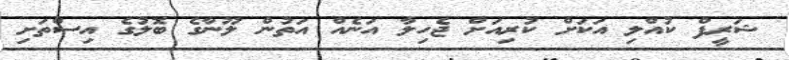
ޝަރީފް ކުއްލި އަކަށް ކުރިއަށް ޖެހިލާ އަނެއް އަތުން ލޫނާގެ ބޮލުގެ އިސްތަށި